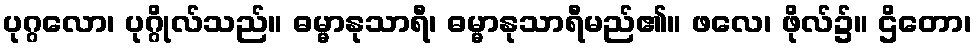
ပုဂ္ဂလော၊ ပုဂ္ဂိုလ်သည်။ ဓမ္မာနုသာရီ၊ ဓမ္မာနုသာရီမည်၏။ ဖလေ၊ ဖိုလ်၌။ ဌိတော၊